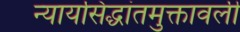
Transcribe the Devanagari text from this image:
न्यायसिद्धांतमुक्तावली